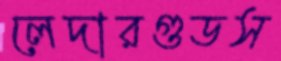
লেদারগুডস